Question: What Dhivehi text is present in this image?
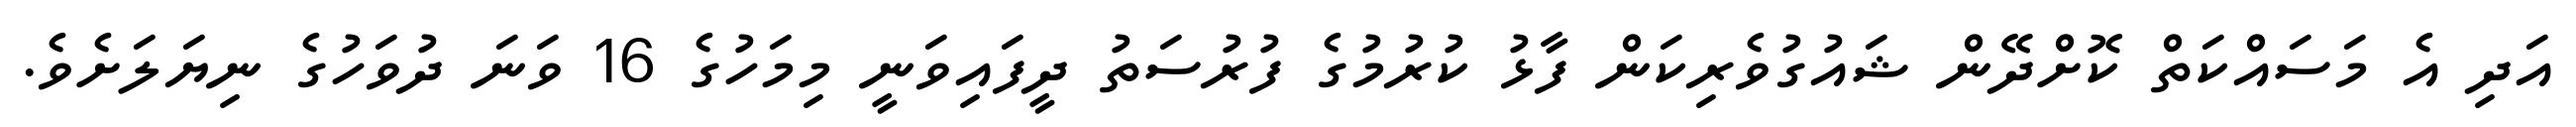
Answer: އަދި އެ މަސައްކަތް ކޮށްދޭން ޝައުގުވެރިކަން ފާޅު ކުރުމުގެ ފުރުސަތު ދީފައިވަނީ މިމަހުގެ 16 ވަނަ ދުވަހުގެ ނިޔަލަށެވެ.